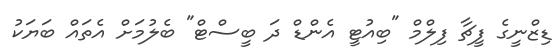
ޑިޒްނީގެ ފީޗާާ ފިލްމް "ބިއުޓީ އެންޑް ދަ ބީސްޓް" ބެލުމަށް އެތައް ބަޔަކު